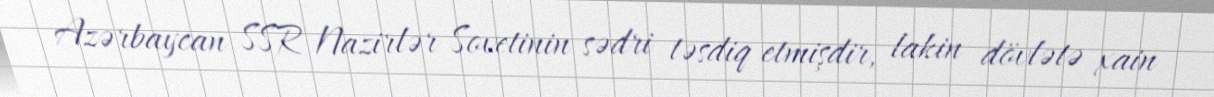
Azərbaycan SSR Nazirlər Sovetinin sədri təsdiq etmişdir, lakin dövlətə xain